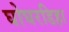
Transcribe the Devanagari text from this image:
घोघरडिहा